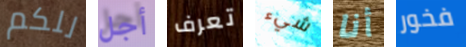
للكم أجل تعرف شيء أنا فخور